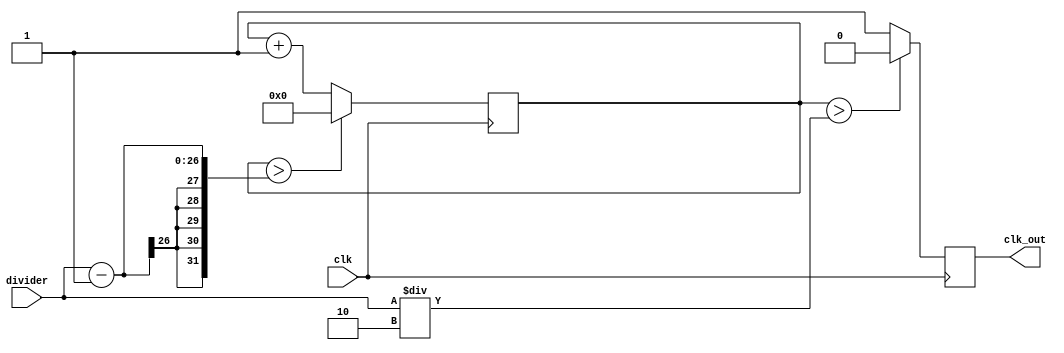
module freq_divider(input clk, input [25:0] divider, output reg clk_out);

	reg[25:0] count = 26'd0;

	always @ (posedge clk) begin
		count <= count + 26'd1;
		clk_out = (count > (divider/2)) ? 1'b0 : 1'b1;

		if(count > (divider-1))
			count <= 26'd0;
	end

endmodule